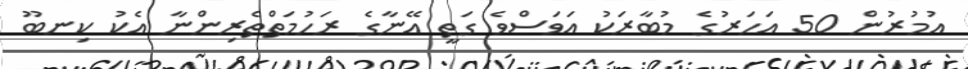
އުމުރުން 50 އަހަރުގެ މުބާރަކު އަވަސްވެ ގަތީ އޭނާގެ ރަހުމަތްތެރިންނާ އެކު ކިނބޫ